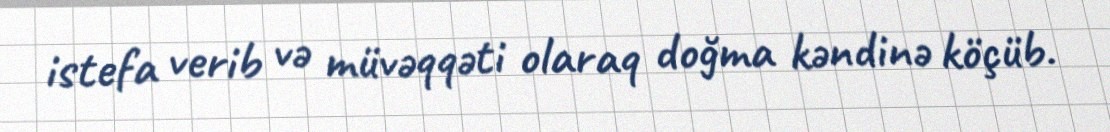
istefa verib və müvəqqəti olaraq doğma kəndinə köçüb.